Lunatic asylums in Bengal annual reports 1888-1898 - 1888-1898
Year: 1888
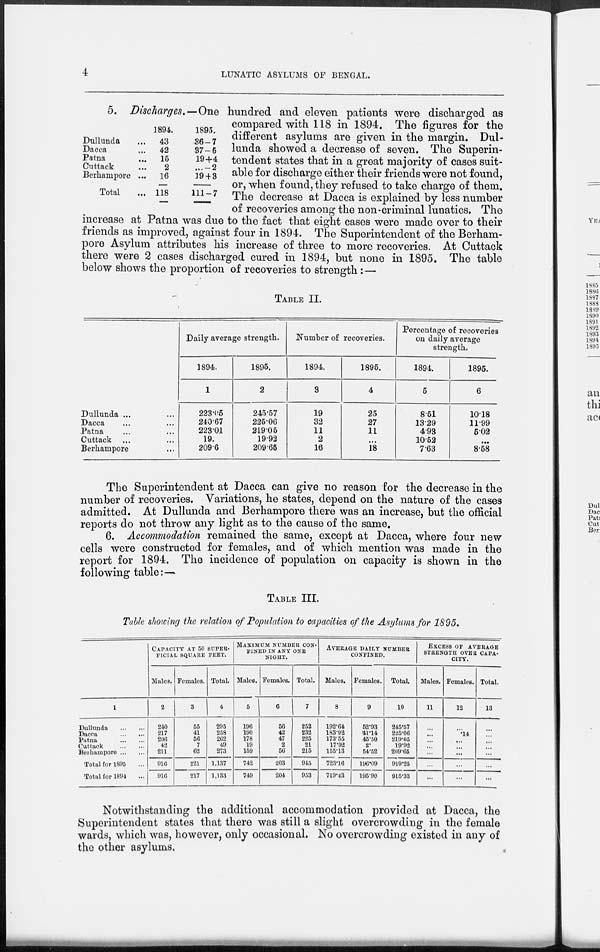
4
LUNATIC ASYLUMS OF BENGAL.
Dullunda ...
Dacca ...
Patna ...
Cuttack ...
Berhampore ...
Total ...
1894
43
42
15
2
16
118
1895.
36-7
37-5
19+4
...-2
19 + 3
111-7
5. Discharges.—One hundred and eleven patients were discharged as
compared with 118 in 1894. The figures for the
different asylums are given in the margin. Dul-
lunda showed a decrease of seven. The Superin-
tendent states that in a great majority of cases suit-
able for discharge either their friends were not found,
or, when found, they refused to take charge of them.
The decrease at Dacca is explained by less number
of recoveries among the non-criminal lunatics. The
increase at Patna was due to the fact that eight cases were made over to their
friends as improved, against four in 1894. The Superintendent of the Berham-
pore Asylum attributes his increase of three to more recoveries. At Cuttack
there were 2 cases discharged cured in 1894, but none in 1895. The table
below shows the proportion of recoveries to strength :—
TABLE II.
Dullunda ... ...
Dacca ... ...
Patna ... ...
Cuttack ... ...
Berhampore ...
Daily average strength.
1894.
1
223.05
240.67
223.01
19.
209.6
1895.
2
245.57
225.06
219.05
19.92
209.65
Number of recoveries.
1894.
3
19
32
11
2
16
1895.
4
25
27
11
...
18
Percentage of recoveries
on daily average
strength.
1894.
5
8.51
13.29
4.93
10.52
7.63
1895.
6
10.18
11.99
5.02
...
8.58
The Superintendent at Dacca can give no reason for the decrease in the
number of recoveries. Variations, he states, depend on the nature of the cases
admitted. At Dullunda and Berhampore there was an increase, but the official
reports do not throw any light as to the cause of the same.
6. Accommodation remained the same, except at Dacca, where four new
cells were constructed for females, and of which mention was made in the
report for 1894. The incidence of population on capacity is shown in the
following table :—
TABLE III.
Table showing the relation of Population to capacities of the Asylums for 1895.
1
Dullunda
...
...
Dacca ... ...
Patna
...
...
Cuttack
...
...
Berhampore ... ...
Total for 1895 ...
Total for 1894 ...
CAPACITY AT 50 SUPER-
FICIAL SQUARE FEET.
Males.
2
240
217
206
42
211
916
916
Females.
3
55
41
56
7
62
221
217
Total.
4
295
258
262
49
273
1,137
1,133
MAXIMUM NUMBER CON-
----- IN ANY ONE
NIGHT.
Males.
5
196
190
178
19
159
742
749
Females.
6
56
42
47
2
56
203
204
Total.
7
252
232
225
21
215
945
953
AVERAGE DAILY NUMBER
CONFINED.
Males.
8
192.64
183.92
173.55
17.92
155.13
723.16
719.43
Females.
9
52.93
41.14
45.50
2.
54.52
196.09
195.90
Total.
10
245.57
225.06
219.05
19.92
209.65
919.25
915.33
EXCESS OF AVERAGE
STRENGTH OVER CAPA-
CITY.
Males.
11
...
...
...
...
...
...
...
Females.
12
...
.14
...
...
...
...
...
Total.
13
...
...
...
...
...
...
...
Notwithstanding the additional accommodation provided at Dacca, the
Superintendent states that there was still a slight overcrowding in the female
wards, which was, however, only occasional. No overcrowding existed in any of
the other asylums.